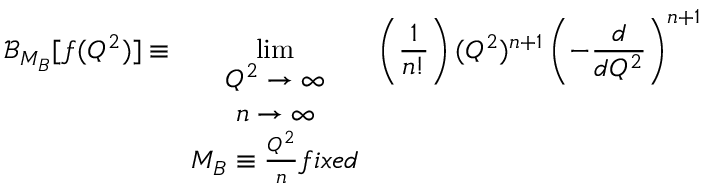
{ \mathcal { B } } _ { M _ { B } } [ f ( Q ^ { 2 } ) ] \equiv \operatorname * { l i m } _ { \begin{array} { c } { { Q ^ { 2 } \rightarrow \infty } } \\ { { n \rightarrow \infty } } \\ { { M _ { B } \equiv \frac { Q ^ { 2 } } { n } f i x e d } } \end{array} } \left( \frac { 1 } { n ! } \right) ( Q ^ { 2 } ) ^ { n + 1 } \left( - \frac { d } { d { Q ^ { 2 } } } \right) ^ { n + 1 }